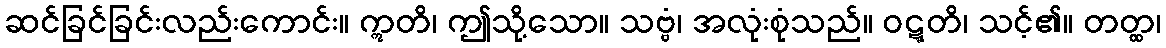
ဆင်ခြင်ခြင်းလည်းကောင်း။ ဣတိ၊ ဤသို့သော။ သဗ္ဗံ၊ အလုံးစုံသည်။ ဝဋ္ဋတိ၊ သင့်၏။ တတ္ထ၊